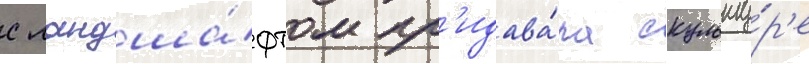
с ландша́фтом пр'идава́ла скульпту́р'е